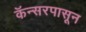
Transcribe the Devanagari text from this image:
कॅन्सरपासून